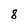
Character: 8